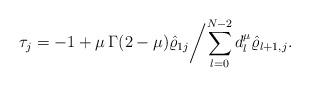
LaTeX: \begin{align*} \tau_j=-1+\mu \,\Gamma(2-\mu) \hat \varrho_{1j}\bigg/{\sum_{l=0}^{N-2} d_l^\mu \hat \varrho_{l+1,j}}. \end{align*}